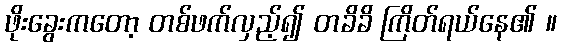
ဖိုးခွေးကတော့ တစ်ဖက်လှည့်၍ တခိခိ ကြိတ်ရယ်နေ၏ ။